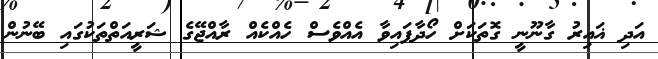
އަދި ޣައިރު ގާނޫނީ ގޮތަކަށް ހޯދާފައިވާ އެއްވެސް ހެއްކެއް ރާއްޖޭގެ ޝަރީއަތްތަކުގައި ބޭނުން